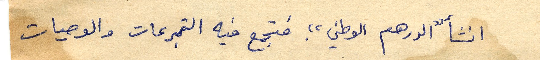
انشأ "الدرهم الوطني" فتجمع فيه التبرعات والوصيات